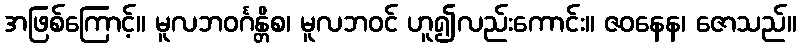
အဖြစ်ကြောင့်။ မူလဘဝင်္ဂန္တိစ၊ မူလဘဝင် ဟူ၍လည်းကောင်း။ ဇဝနေန၊ ဇောသည်။